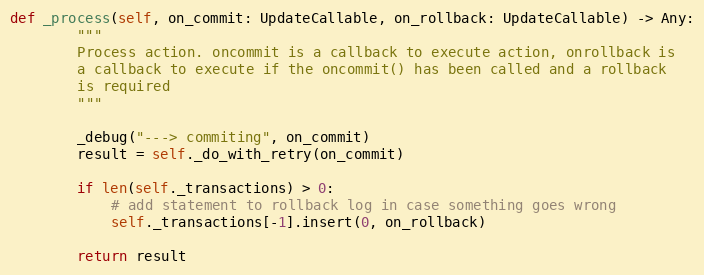
Language: Python
def _process(self, on_commit: UpdateCallable, on_rollback: UpdateCallable) -> Any:
        """
        Process action. oncommit is a callback to execute action, onrollback is
        a callback to execute if the oncommit() has been called and a rollback
        is required
        """

        _debug("---> commiting", on_commit)
        result = self._do_with_retry(on_commit)

        if len(self._transactions) > 0:
            # add statement to rollback log in case something goes wrong
            self._transactions[-1].insert(0, on_rollback)

        return result